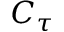
C _ { \tau }